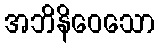
အဘိနိဝေသော